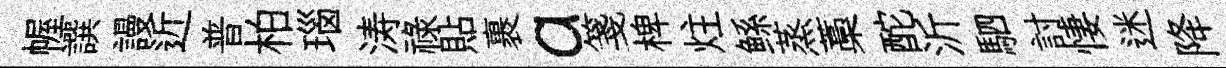
幄譔謾近普柏瑙涛祿貼裹a箋椑炷鲧蒸藁酡沂駟討悽迷降